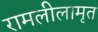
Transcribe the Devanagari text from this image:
रामलीलामृत